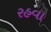
રહવા